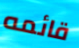
قائمه